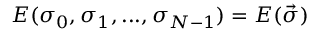
E ( \sigma _ { 0 } , \sigma _ { 1 } , . . . , \sigma _ { N - 1 } ) = E ( \vec { \sigma } )